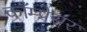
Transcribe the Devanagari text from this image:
काँम्प्रेसर